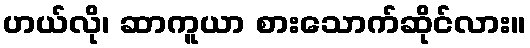
ဟယ်လို၊ ဆာကူယာ စားသောက်ဆိုင်လား။